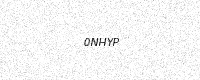
Text: 0NHYP